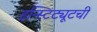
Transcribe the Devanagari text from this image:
इन्स्टिट्यूटची